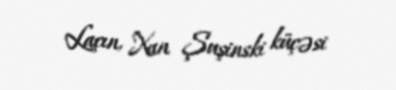
Laçın, Xan Şuşinski küçəsi